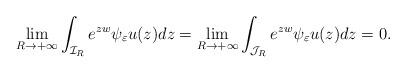
LaTeX: \begin{align*}\lim_{R\to + \infty} \int_{\mathcal{I}_R} e^{zw}\psi_{\varepsilon}u(z)dz = \lim_{R\to + \infty} \int_{\mathcal{J}_R} e^{zw}\psi_{\varepsilon}u(z)dz =0.\end{align*}